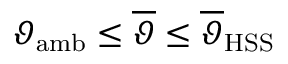
\begin{array} { r } { \vartheta _ { \mathrm { a m b } } \leq \overline { { \vartheta } } \leq \overline { { \vartheta } } _ { \mathrm { H S S } } } \end{array}